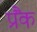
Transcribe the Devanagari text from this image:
प्रैंक